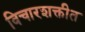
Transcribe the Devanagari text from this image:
विचारशक्तीत